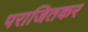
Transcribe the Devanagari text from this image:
पराजितकर